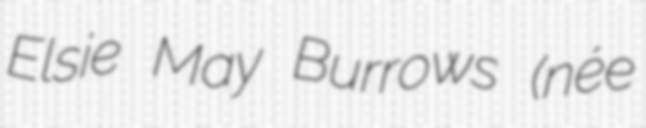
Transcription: Elsie May Burrows (née